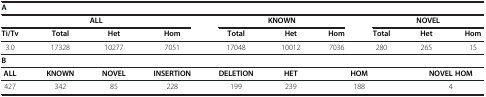
<table><thead><tr><td colspan="10"><b>A</b></td></tr><tr><td colspan="4"><b>ALL</b></td><td colspan="3"><b>KNOWN</b></td><td colspan="3"><b>NOVEL</b></td></tr></thead><tbody><tr><td><b>Ti/Tv</b></td><td><b>Total</b></td><td><b>Het</b></td><td><b>Hom</b></td><td><b>Total</b></td><td><b>Het</b></td><td><b>Hom</b></td><td><b>Total</b></td><td><b>Het</b></td><td><b>Hom</b></td></tr><tr><td>3.0</td><td>17328</td><td>10277</td><td>7051</td><td>17048</td><td>10012</td><td>7036</td><td>280</td><td>265</td><td>15</td></tr><tr><td colspan="10"><b>B</b></td></tr><tr><td><b>ALL</b></td><td><b>KNOWN</b></td><td><b>NOVEL</b></td><td><b>INSERTION</b></td><td><b>DELETION</b></td><td><b>HET</b></td><td colspan="2"><b>HOM</b></td><td colspan="2"><b>NOVEL HOM</b></td></tr><tr><td>427</td><td>342</td><td>85</td><td>228</td><td>199</td><td>239</td><td colspan="2">188</td><td colspan="2">4</td></tr></tbody></table>